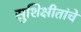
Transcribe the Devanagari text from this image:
सुशिक्षीतांचे